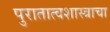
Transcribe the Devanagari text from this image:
पुरातात्वशास्त्राचा